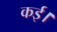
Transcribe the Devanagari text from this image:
कई।